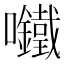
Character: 𫬾